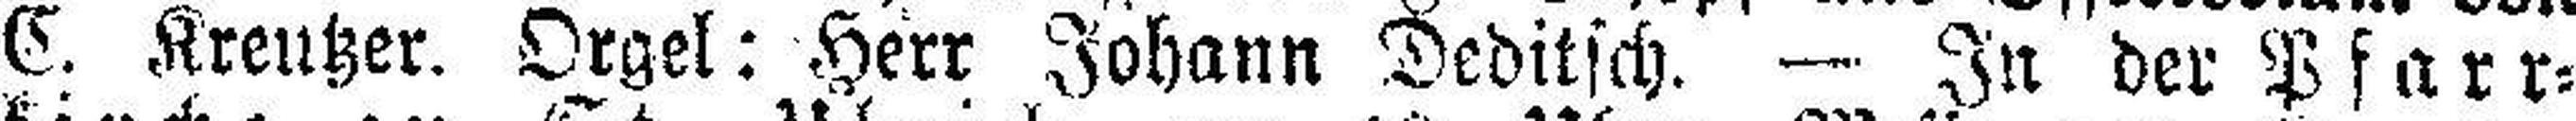
C. Kreutzer. Orgel: Herr Johann Deditsch. — In der Pfarr¬